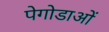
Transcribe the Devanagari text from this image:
पेगोडाओं